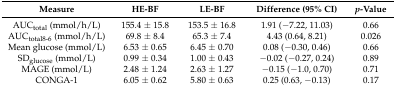
<table><thead><tr><td><b>Measure</b></td><td><b>HE-BF</b></td><td><b>LE-BF</b></td><td><b>Difference (95% CI)</b></td><td><b><i>p</i>-Value</b></td></tr></thead><tbody><tr><td>AUC<sub>total</sub> (mmol/h/L)</td><td>155.4 ± 15.8</td><td>153.5 ± 16.8</td><td>1.91 (−7.22, 11.03)</td><td>0.66</td></tr><tr><td>AUC<sub>total8-6</sub> (mmol/h/L)</td><td>69.8 ± 8.4</td><td>65.3 ± 7.4</td><td>4.43 (0.64, 8.21)</td><td>0.026</td></tr><tr><td>Mean glucose (mmol/L)</td><td>6.53 ± 0.65</td><td>6.45 ± 0.70</td><td>0.08 (−0.30, 0.46)</td><td>0.66</td></tr><tr><td>SD<sub>glucose</sub> (mmol/L)</td><td>0.99 ± 0.34</td><td>1.00 ± 0.43</td><td>−0.02 (−0.27, 0.24)</td><td>0.89</td></tr><tr><td>MAGE (mmol/L)</td><td>2.48 ± 1.24</td><td>2.63 ± 1.27</td><td>−0.15 (−1.0, 0.70)</td><td>0.71</td></tr><tr><td>CONGA-1</td><td>6.05 ± 0.62</td><td>5.80 ± 0.63</td><td>0.25 (0.63, −0.13)</td><td>0.17</td></tr></tbody></table>